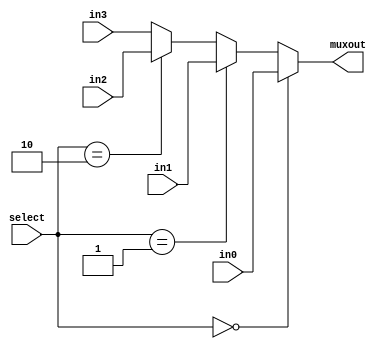
`timescale 1ns / 1ps
module mux(
	in0,in1,in2,in3,
	select,
	muxout
	);

	input [31:0] in1;
	input [31:0] in2;
	input [31:0] in3;
	input [31:0] in0;
	input [1:0] select;
	output [31:0] muxout;

	assign muxout = (select == 2'd0 )? in0 : (select == 2'd1)? in1 : (select == 2'd2)? in2 : in3;

endmodule